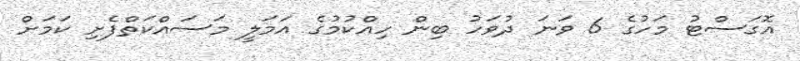
އޮގަސްޓު މަހުގެ 6 ވަނަ ދުވަހު ބިން ހިއްކުމުގެ އަމަލީ މަސައްކަތްފެށި ކަމަށް